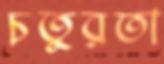
চতুরতা